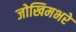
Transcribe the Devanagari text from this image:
जोखिमभरे